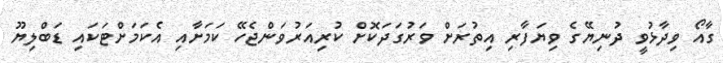
ގާއޯ ވިދާޅުވީ ދުނިޔޭގެ ވިޔަފާރި އިތުރަށް ވަރުގަދަކޮށް ކުރިއަރުވަންޖެހޭ ކަމަށާއި އެކަމަށްޓަކައި ޑަބްލިޔޫ